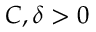
C , \delta > 0